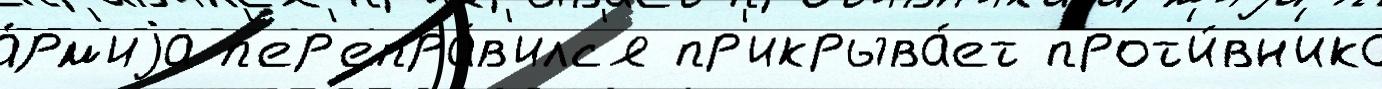
а́рм'иjа п'ер'епра́в'илс'я пр'икрыва́ет прот'и́вн'ика